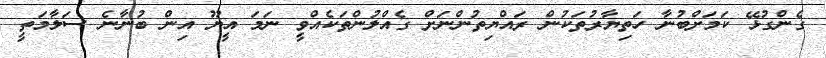
ގެންގުޅޭ ކަމަށްބުނާ ހަތިޔާރުތަކުން ރައްޔިތުންނަށް ގެއްލުންތަކެއްވީ ނަމަ އީޔޫ އިން ބުނާނެ ސަލާމަތީ